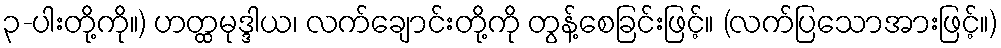
၃-ပါးတို့ကို။) ဟတ္ထမုဒ္ဒါယ၊ လက်ချောင်းတို့ကို တွန့်စေခြင်းဖြင့်။ (လက်ပြသောအားဖြင့်။)